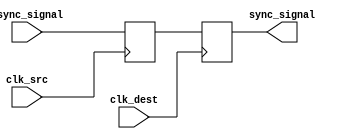
module dual_ff_synchronizer (
    input wire clk_src,       // Source clock
    input wire clk_dest,      // Destination clock
    input wire async_signal,   // Input signal to be synchronized
    output reg sync_signal     // Synchronized output signal
);

    // Internal signals for the first flip-flop
    reg ff1_out;

    // First flip-flop: samples the async_signal on the rising edge of clk_src
    always @(posedge clk_src) begin
        ff1_out <= async_signal;
    end

    // Second flip-flop: samples the output of the first flip-flop on the rising edge of clk_dest
    always @(posedge clk_dest) begin
        sync_signal <= ff1_out;
    end

endmodule